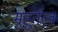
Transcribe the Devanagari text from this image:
मुहूर्तत्व